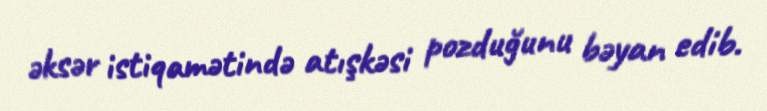
əksər istiqamətində atışkəsi pozduğunu bəyan edib.